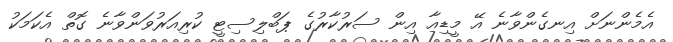
އެމެންނަށް އިނގެންވާނެ އޭ މީޑިއާ އިން ސަރުކާރުގެ ޕަބްލިސިޓީ ކުރިއަރުވަންވާނެ ގޮތް އެކަމަކު